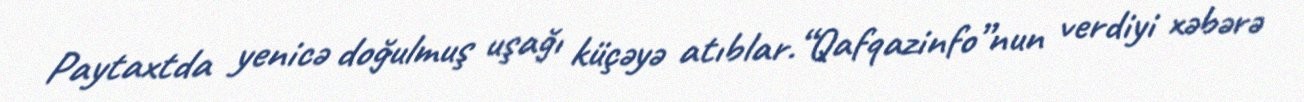
Paytaxtda yenicə doğulmuş uşağı küçəyə atıblar.“Qafqazinfo”nun verdiyi xəbərə